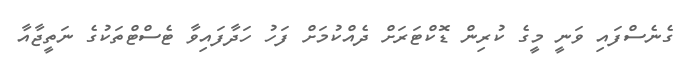
ގެނެސްފައި ވަނީ މީގެ ކުރިން ޑޮކްޓަރަށް ދެއްކުމަށް ފަހު ހަދާފައިވާ ޓެސްޓްތަކުގެ ނަތީޖާއާ